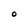
Character: O